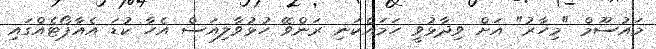
މައުސޫމް "މިހާރު" އަށް ވިދާޅުވީ ހަމައެކަނި ރަންވޭ ހުޅުވާލިއަސް އެހާ ކުޑަ އެއާޕޯޓެއްގައި